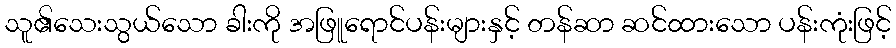
သူ၏သေးသွယ်သော ခါးကို အဖြူရောင်ပန်းများနှင့် တန်ဆာ ဆင်ထားသော ပန်းကုံးဖြင့်